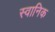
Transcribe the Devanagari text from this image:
स्वानिक